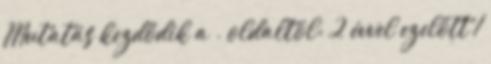
Mutatás kezdődik a . oldaltól: 2 évvel ezelőtt 1